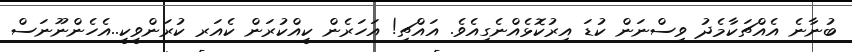
ބުނާނެ އެއްޗަކާމެދު ވިސްނަން ކުޑަ އިރުކޮޅެއްނެގިއެވެ. އައްޗި! އަހަރެން ކީއްކުރަން ކެއަރ ކުރަންވީކީ..އެހެންނޫނަސް